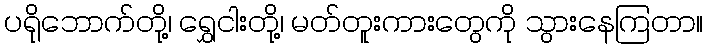
ပရိုဘောက်တို့၊ ရွှေငါးတို့၊ မတ်တူးကားတွေကို သွားနေကြတာ။